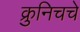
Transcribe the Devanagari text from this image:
क्रुनिचचे